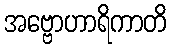
အဗ္ဗောဟာရိကာတိ